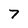
Character: 7